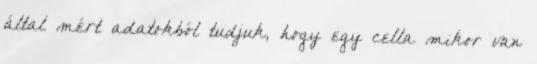
által mért adatokból tudjuk, hogy egy cella mikor van